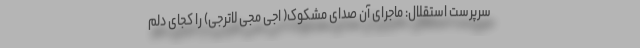
سرپرست استقلال: ماجرای آن صدای مشکوک( اجی مجی لاترجی) را کجای دلم